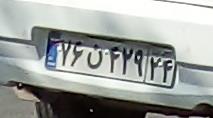
۷۶ن۴۲۹۴۴